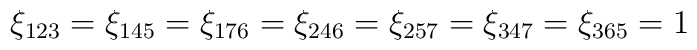
\xi_{123} = \xi_{145} = \xi_{176} = \xi_{246} = \xi_{257} = \xi_{347} = \xi_{365} = 1